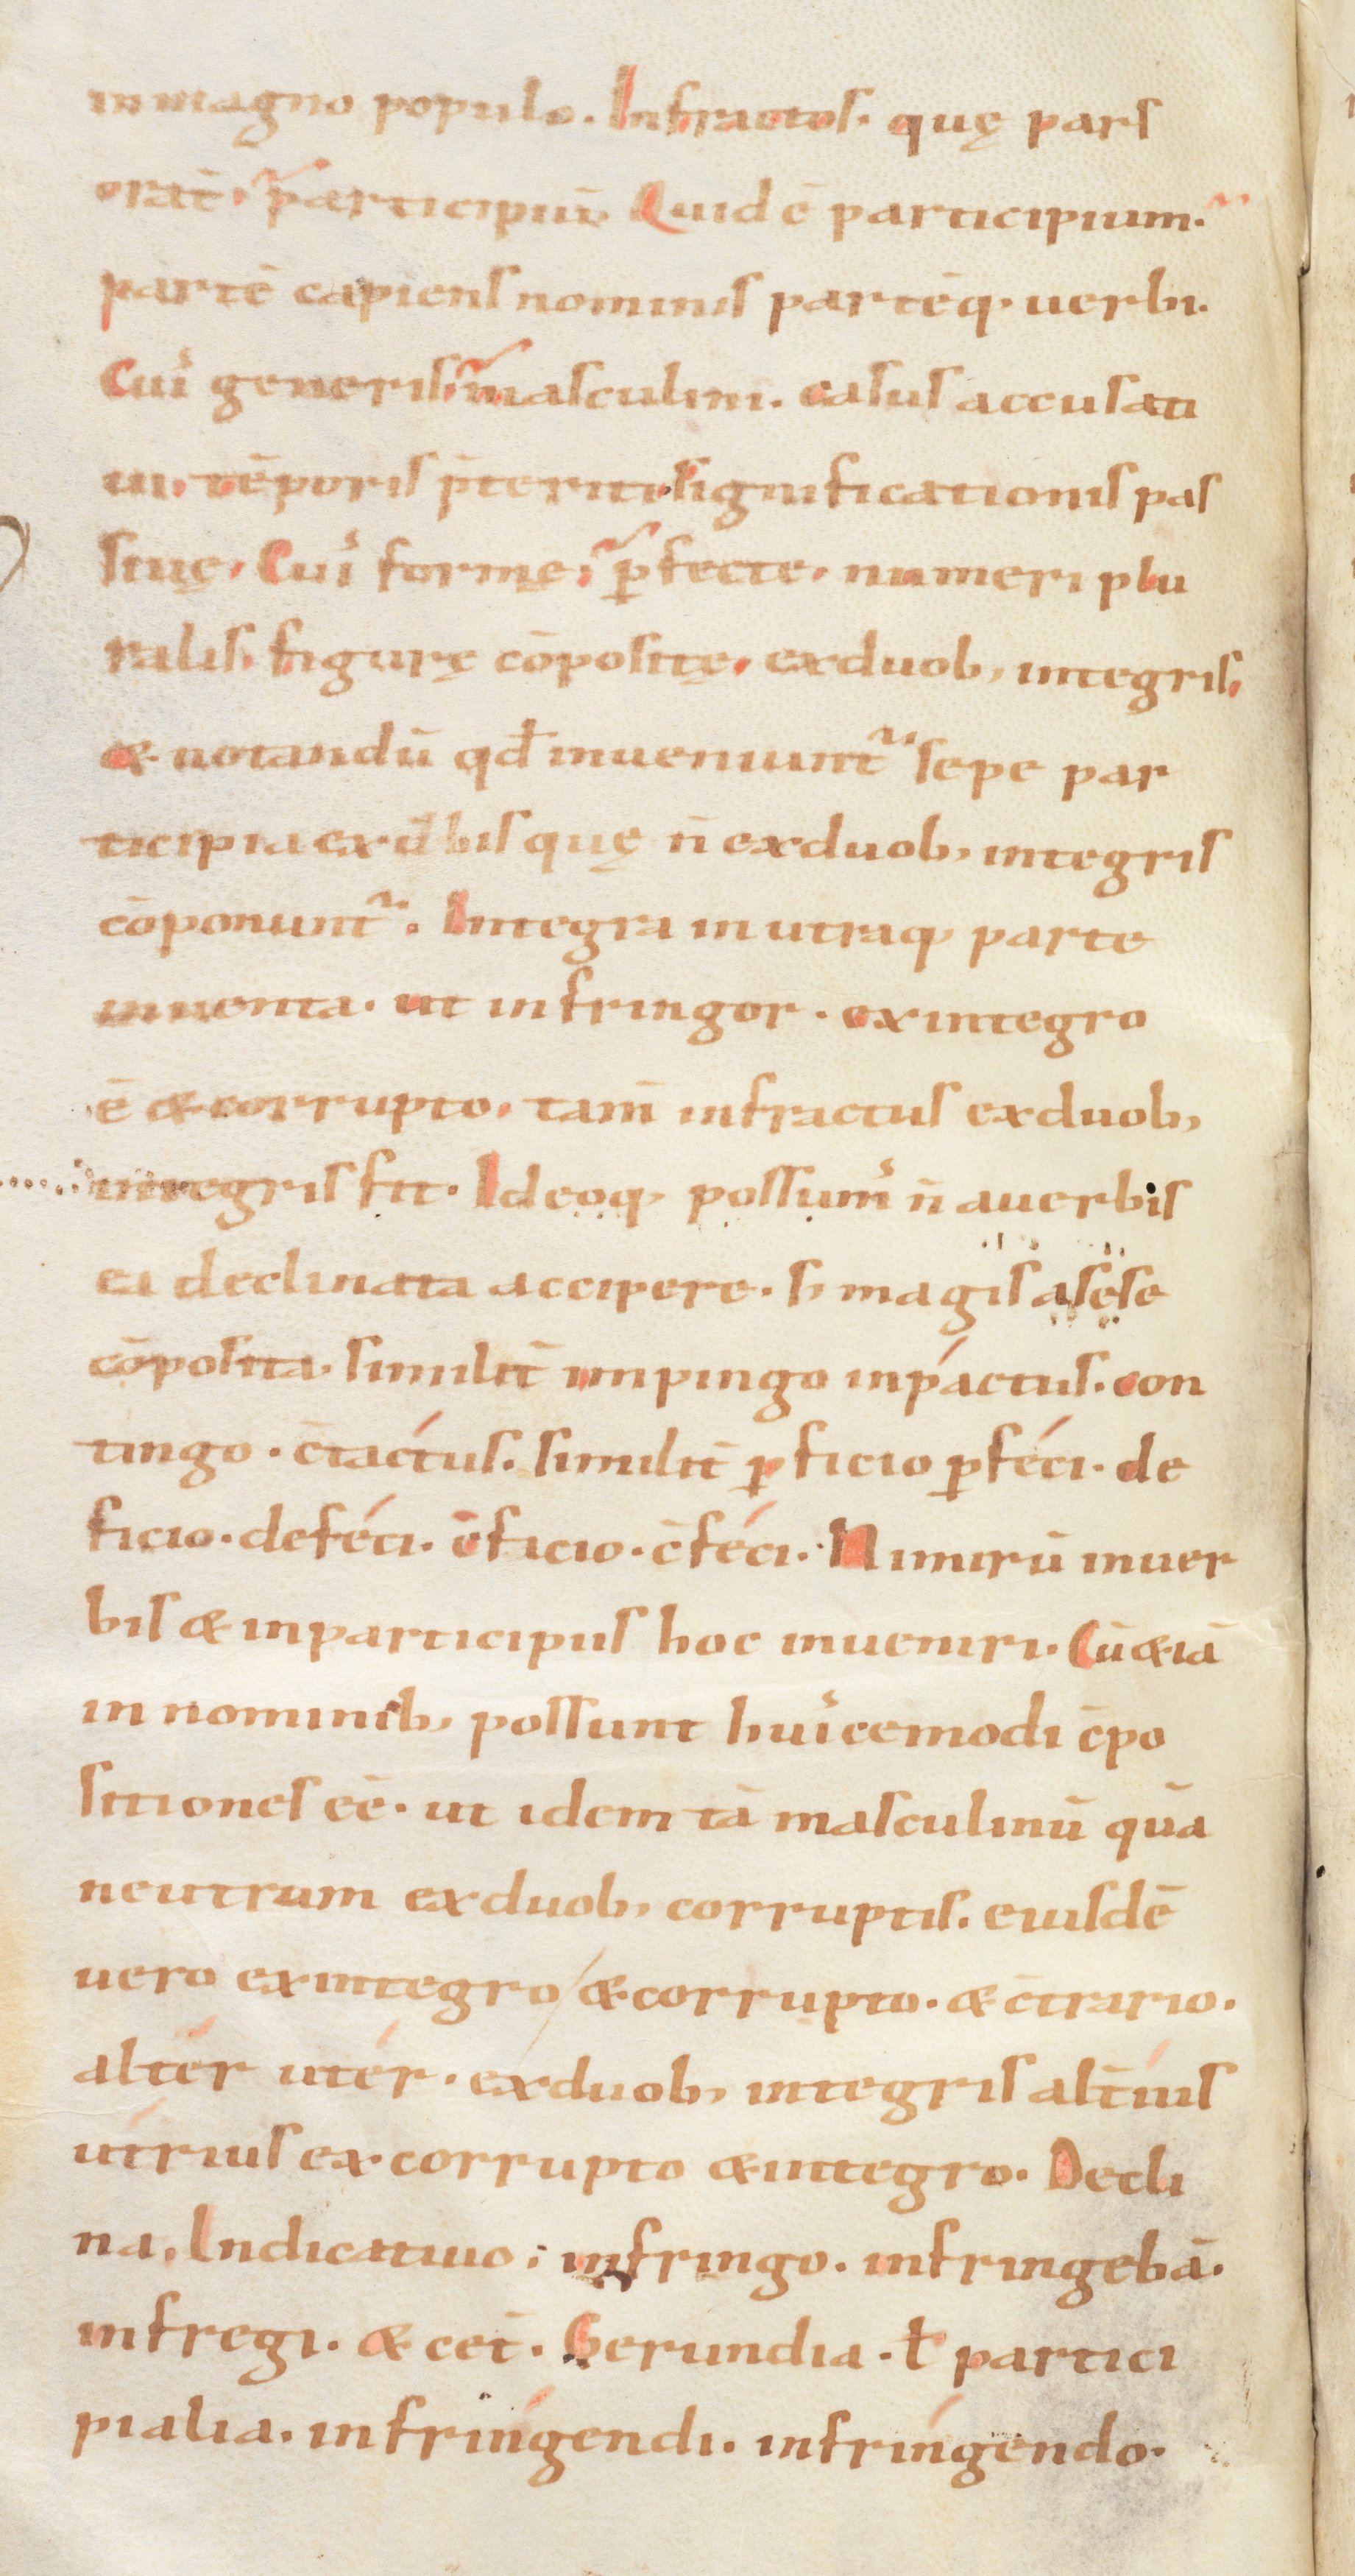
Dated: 833–865